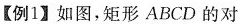
【例1】如图，矩形ABCD的对